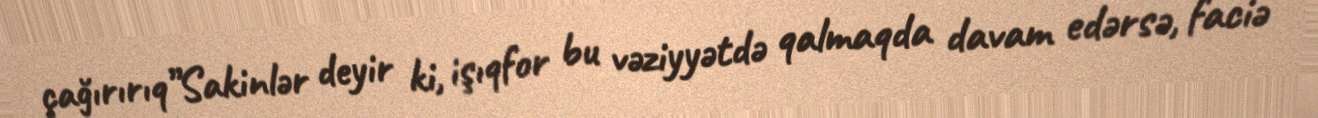
çağırırıq”Sakinlər deyir ki, işıqfor bu vəziyyətdə qalmaqda davam edərsə, faciə